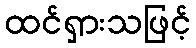
ထင်ရှားသဖြင့်